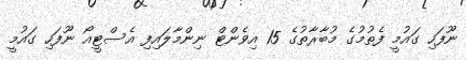
ނޫފަހި ގައުމީ ފެތުމުގެ މުބާރާތުގެ 15 އިވެންޓް ނިންމާލައިފި އެސްޓީއޯ ނޫފަހި ގައުމީ